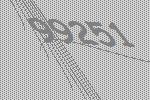
99251